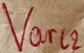
Text: Varl2